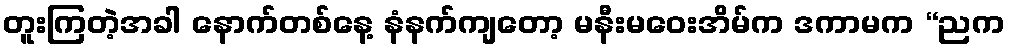
တူးကြတဲ့အခါ နောက်တစ်နေ့ နံနက်ကျတော့ မနီးမဝေးအိမ်က ဒကာမက “ညက